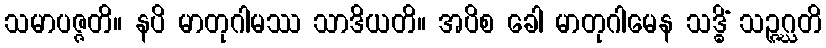
သမာပဇ္ဇတိ။ နပိ မာတုဂါမဿ သာဒိယတိ။ အပိစ ခေါ မာတုဂါမေန သဒ္ဓိံ သဉ္ဇဂ္ဃတိ